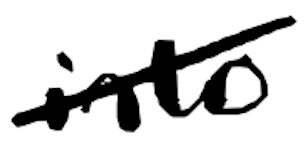
Text: into
Cross-out: diagonal
Writing tool: digital_black